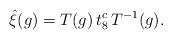
LaTeX: \begin{align*}\hat{\xi}(g)=T(g)\,t^c_8\,T^{-1}(g).\end{align*}